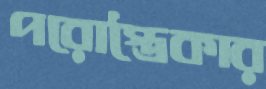
পরোস্ত্রৈকার